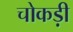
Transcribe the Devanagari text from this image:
चोकड़ी